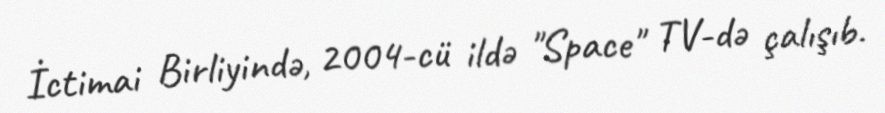
İctimai Birliyində, 2004-cü ildə "Space" TV-də çalışıb.